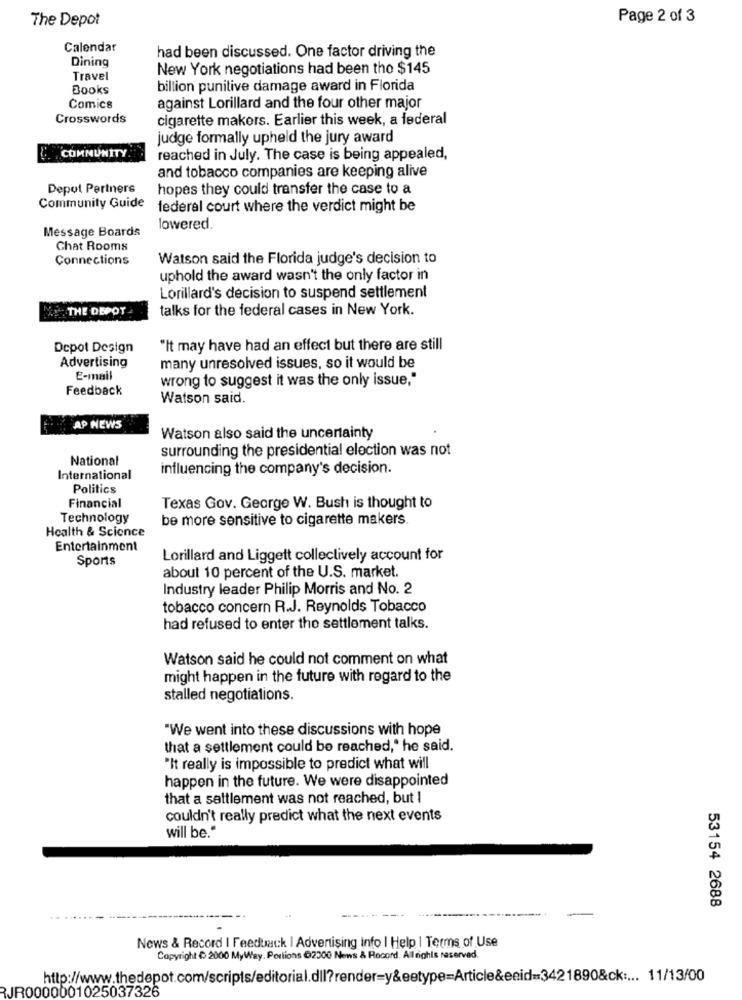
The Depot
Page 2 of 3
Calendar
Dining
had been discussed. One factor driving the
New York negotiations had been tho $145
Travel
Books
billion punitive damage award in Florida
Comics
against Lorillard and the four other major
Crosswords
cigarette makers. Earlier this week, a federal
judge formally upheld the jury award
COMMUNITY
reached in July. The case is being appealed,
and tobacco companies are keeping alive
Depot Partners
hopes they could transfer the case to a
Community Guide
federal court where the verdict might be
Message Boards
lowered.
Chat Rooms
Connections
Watson said the Florida judge's decision to
uphold the award wasn't the only factor in
Lorillard's decision to suspend settlement
THE DEPOT
talks for the federal cases in New York.
Depot Design
"It may have had an effect but there are still
Advertising
many unresolved issues, so it would be
E-mail
wrong to suggest it was the only issue,"
Feedback
Watson said.
AP NEWS
Watson also said the uncertainty
surrounding the presidential election was not
National
influencing the company's decision.
International
Politics
Financial
Texas Gov. George W. Bush is thought to
Technology
be more sensitive to cigarette makers.
Health & Science
Entertainment
Sports
Lorillard and Liggett collectively account for
about 10 percent of the U.S. market.
Industry leader Philip Morris and No. 2
tobacco concern R.J. Reynolds Tobacco
had refused to enter the settlement talks.
Watson said he could not comment on what
might happen in the future with regard to the
stalled negotiations.
"We went into these discussions with hope
that a settlement could be reached," he said.
'It really is impossible to predict what will
happen in the future. We were disappointed
that a settlement was not reached, but I
couldn't really predict what the next events
will be."
53154 2688
News & Record I Feedback | Advertising info I Help | Terms of Use
Copyright & 2000 MyWay. Portions 62300 News & Record. All rights reserved.
http://www.thedepot.com/scripts/editorial.dll?render=y&eetype=Article&enid=3421890&ck .... 11/13/00
JR0000001025037326